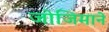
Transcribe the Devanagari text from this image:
जोजिमाने